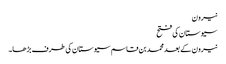
نیرون
سیوستان کی فتح
نیرون کے بعد محمد بن قاسم سیوستان کی طرف بڑھا۔